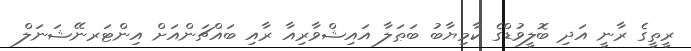
ރީތީގެ ރާނީ އަދި ބޮލީވުޑްގެ ކާމިޔާބު ބަޠަލާ އައިޝްވާރިއާ ރާއި ބައްޗަންއަށް އިންޓަރނޭޝަނަލް